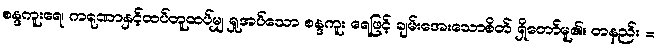
စန္ဒကူးရေ၊ ကရုဏာနှင့်ထပ်တူထပ်မျှ ရှုအပ်သော စန္ဒကူး ရေဖြင့် ချမ်းအေးသောစိတ် ရှိတော်မူ၏။ တနည်း =